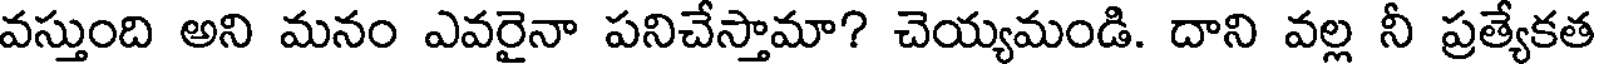
వస్తుంది అని మనం ఎవరైనా పనిచేస్తామా? చెయ్యమండి. దాని వల్ల నీ ప్రత్యేకత